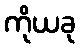
ကိုယခု